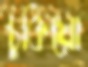
চুকিয়ো